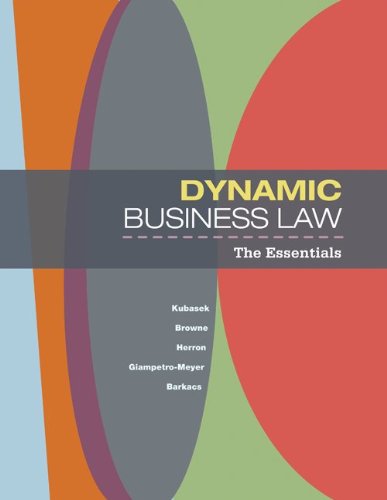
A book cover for Dynamic Business Law: The Essentials; Nancy Kubasek; Law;